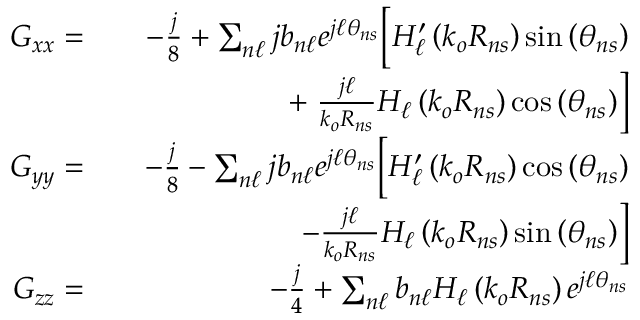
\begin{array} { r l r } { G _ { x x } = } & { } & { - \frac { j } { 8 } + \sum _ { n \ell } j b _ { n \ell } e ^ { j \ell \theta _ { n s } } \bigg [ H _ { \ell } ^ { \prime } \left( k _ { o } R _ { n s } \right) \sin \left( \theta _ { n s } \right) } \\ & { } & { + \left. \frac { j \ell } { k _ { o } R _ { n s } } H _ { \ell } \left( k _ { o } R _ { n s } \right) \cos \left( \theta _ { n s } \right) \right] } \\ { G _ { y y } = } & { } & { - \frac { j } { 8 } - \sum _ { n \ell } j b _ { n \ell } e ^ { j \ell \theta _ { n s } } \bigg [ H _ { \ell } ^ { \prime } \left( k _ { o } R _ { n s } \right) \cos \left( \theta _ { n s } \right) } \\ & { } & { \left. - \frac { j \ell } { k _ { o } R _ { n s } } H _ { \ell } \left( k _ { o } R _ { n s } \right) \sin \left( \theta _ { n s } \right) \right] } \\ { G _ { z z } = } & { } & { - \frac { j } { 4 } + \sum _ { n \ell } b _ { n \ell } H _ { \ell } \left( k _ { o } R _ { n s } \right) e ^ { j \ell \theta _ { n s } } } \end{array}